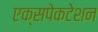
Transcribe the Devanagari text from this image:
एक्सपेकटेशन